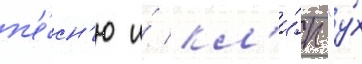
п'е́сн'ю и́ кл'и́п "у́х